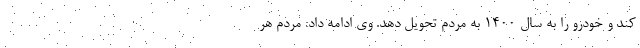
کند و خودرو را به سال ۱۴۰۰ به مردم تحویل دهد. وی ادامه داد: مردم هر